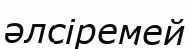
әлсіремей